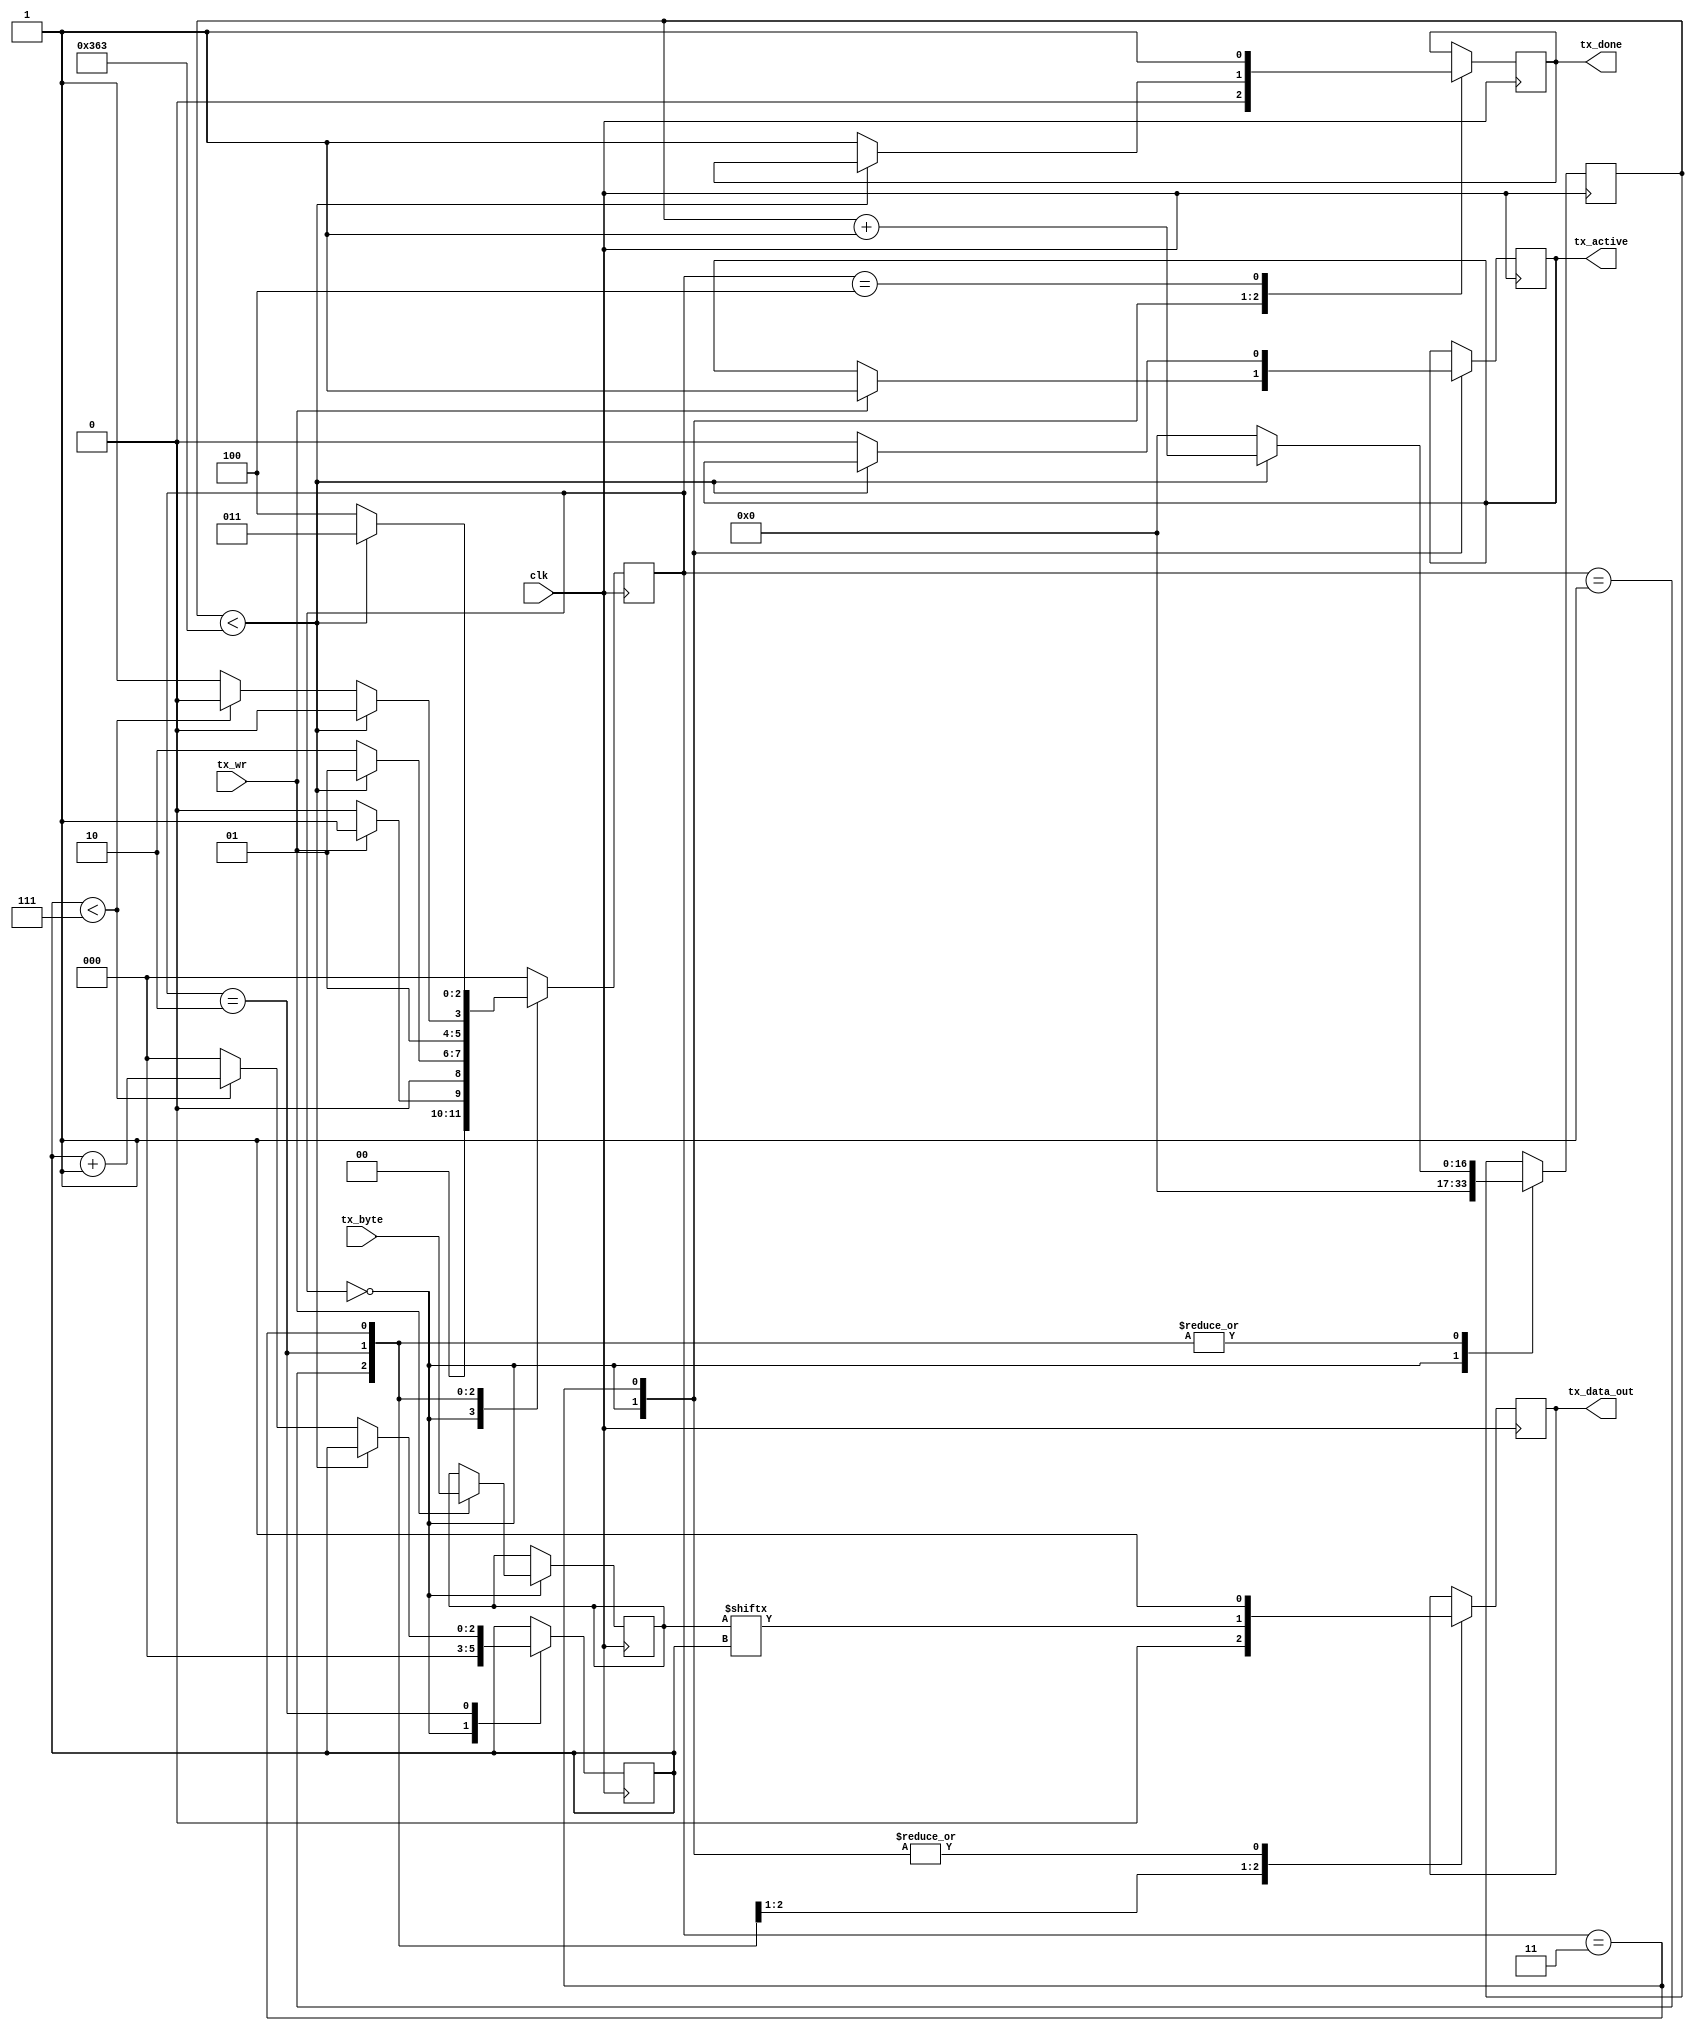
`timescale 1ns / 1ps
//////////////////////////////////////////////////////////////////////////////////
// Company: BU
// 
// Module Name:    uart_tx 
// Project Name: Lab 2 - Peripheral and Processor Integration with I/O
// Target Devices: Nexys3 Spartan 6
// Revision 0.01 - File Created
// References:
//   https://www.nandland.com/vhdl/modules/module-uart-serial-port-rs232.html
//
//////////////////////////////////////////////////////////////////////////////////
module uart_tx(
	input wire       clk,         // Input clock from FPGA, 100 MHz (10 ns)
	input wire       tx_wr,       // TX write flag
	input wire [7:0] tx_byte,     // Byte of data to write
	output reg       tx_active,   // Flag to indicate TX is in process
	output reg       tx_data_out, // UART TX Serial Data out
	output reg       tx_done      // TX Flag to indicate done writing byte
   );
	
	// UART Standard Rates: 1200, 2400, 4800, 19200, 38400, 57600, 115200
	parameter UART_RATE = 115200;
	parameter CLK_RATE  = 100000000;  // 100 MHz
	
	// State definitions
	// Use localparams so these cannot be changed
	localparam STATE_IDLE         = 3'b000;
	localparam STATE_TX_START_BIT = 3'b001;
	localparam STATE_TX_DATA_BITS = 3'b010;
	localparam STATE_TX_STOP_BIT  = 3'b011;
	localparam STATE_CLEANUP      = 3'b100;
	
	reg [2:0] state = STATE_IDLE;  // register to save current state;
	
	// Clock Counter
	// Max value of clk_cnt if Baud rate is changed is 100 MHz / 1200 Baud = 83333
	// which requires 17 bits to store
	reg [16:0] clk_cnt = 17'd0;
	
	reg [2:0] bit_idx = 3'd0; // Bit index to count for bytes
	
	reg [7:0] tx_data = 8'd0; // register to hold tx data

	// TX State Machine
	always @ (posedge clk) begin
		case (state)
			STATE_IDLE: begin
				tx_data_out <= 1'b1;  // Drive high while idle
				tx_done <= 1'b0;
				clk_cnt <= 0; //reset counter
				bit_idx <= 3'd0;
				
				// If write enable is active
				if (tx_wr == 1'b1) begin
					tx_active <= 1'b1;
					tx_data <= tx_byte;
					state <= STATE_TX_START_BIT;
				end
				// otherwise remain in idle state
				else begin
					state <= STATE_IDLE;
				end
			end
			
			STATE_TX_START_BIT: begin
				tx_data_out <= 1'b0;  // Low start bit
				
				// Wait for bit width
				if (clk_cnt < ((CLK_RATE / UART_RATE) - 1)) begin
					clk_cnt <= clk_cnt + 1'b1; //increment counter
					state <= STATE_TX_START_BIT;  // stay in state
				end
				// bit width reached
				else begin
					clk_cnt <= 0; //reset counter
					state <= STATE_TX_DATA_BITS;  // move to tx data bits state
				end
			end
			
			STATE_TX_DATA_BITS: begin
				tx_data_out <= tx_data[bit_idx];  // Write Bit
				
				// Wait for bit width
				if (clk_cnt < ((CLK_RATE / UART_RATE) - 1)) begin
					clk_cnt <= clk_cnt + 1'b1; //increment counter
					state <= STATE_TX_DATA_BITS;  // stay in state
				end
				// Index through Data bits
				else begin
					clk_cnt <= 0; //reset counter
					
					// check if we received 8 bits
					if (bit_idx < 7) begin
						bit_idx <= bit_idx + 1'b1;  // increment bit index
						state <= STATE_TX_DATA_BITS; // stay in this state
					end
					// transmitted a byte
					else begin
						bit_idx <= 3'd0;  // reset bit index
						state <= STATE_TX_STOP_BIT; // move to stop bit state
					end
				end
			end
			
			STATE_TX_STOP_BIT: begin
				tx_data_out <= 1'b1;  // High Stop bit
				
				// Wait for bit width
				if (clk_cnt < ((CLK_RATE / UART_RATE) - 1)) begin
					clk_cnt <= clk_cnt + 1'b1; //increment counter
					state <= STATE_TX_STOP_BIT;  // stay in state
				end
				// Stop bit
				else begin
					tx_done <= 1'b1;
					clk_cnt <= 0; //reset counter
					tx_active <= 1'b0;
					state <= STATE_CLEANUP;  // move on to cleanup state
				end
			end
			
			STATE_CLEANUP: begin
				tx_done <= 1'b1;
				state <= STATE_IDLE;
			end
			
			default: begin
				state <= STATE_IDLE;
			end
			
		endcase	
	end

endmodule